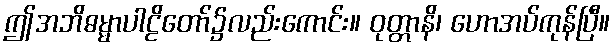
ဤအဘိဓမ္မာပါဠိတော်၌လည်းကောင်း။ ဝုတ္တာနိ၊ ဟောအပ်ကုန်ပြီ။